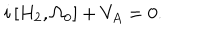
i \left[ H _ { 2 } , \Omega _ { 0 } \right] + V _ { A } = 0 .